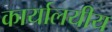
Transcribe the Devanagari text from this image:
कार्यालयीय